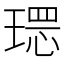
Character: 𱯒